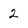
Character: 2